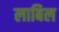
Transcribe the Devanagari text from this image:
लाबिल